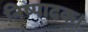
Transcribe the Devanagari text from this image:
निष्पादक।